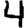
Digit: 4